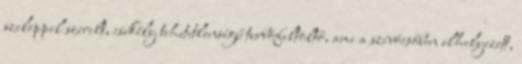
szeleppel szerelt, csekély tehetetlenségű turbófeltöltő, ami a szívócsőben elhelyezett,